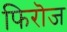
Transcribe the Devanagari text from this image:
फिरॊज